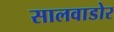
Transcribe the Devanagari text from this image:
सालवाडोर